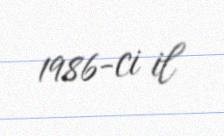
1986-ci il